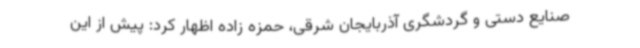
صنایع دستی و گردشگری آذربایجان شرقی، حمزه زاده اظهار کرد: پیش از این